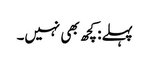
پہلے: کچھ بھی نہیں۔